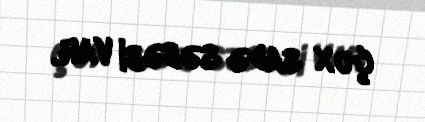
çox sadə səbəbi var.